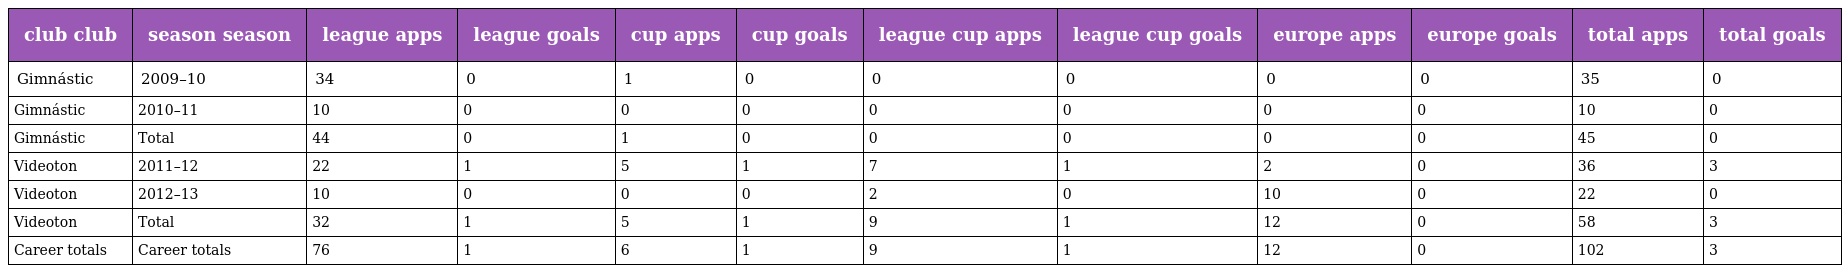
| club club | season season | league apps | league goals | cup apps | cup goals | league cup apps | league cup goals | europe apps | europe goals | total apps | total goals |
 | --- | --- | --- | --- | --- | --- | --- | --- | --- | --- | --- | --- |
 | Gimnástic | 2009–10 | 34 | 0 | 1 | 0 | 0 | 0 | 0 | 0 | 35 | 0 |
 | Gimnástic | 2010–11 | 10 | 0 | 0 | 0 | 0 | 0 | 0 | 0 | 10 | 0 |
 | Gimnástic | Total | 44 | 0 | 1 | 0 | 0 | 0 | 0 | 0 | 45 | 0 |
 | Videoton | 2011–12 | 22 | 1 | 5 | 1 | 7 | 1 | 2 | 0 | 36 | 3 |
 | Videoton | 2012–13 | 10 | 0 | 0 | 0 | 2 | 0 | 10 | 0 | 22 | 0 |
 | Videoton | Total | 32 | 1 | 5 | 1 | 9 | 1 | 12 | 0 | 58 | 3 |
 | Career totals | Career totals | 76 | 1 | 6 | 1 | 9 | 1 | 12 | 0 | 102 | 3 |